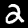
Label: 2